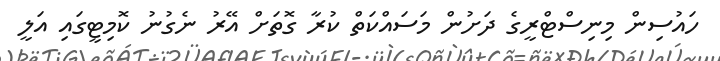
ހައުސިން މިނިސްޓްރީގެ ދަށުން މަސައްކަތް ކުރާ ގޮތަށް އޭރު ނެގުނު ކޮމިޓީގައި އަލީ